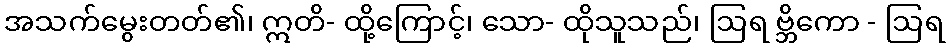
အသက်မွေးတတ်၏၊ ဣတိ- ထို့ကြောင့်၊ သော- ထိုသူသည်၊ ဩရ ဗ္ဘိကော - ဩရ